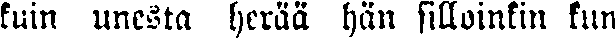
kuin unesta herää hän silloinkin kun